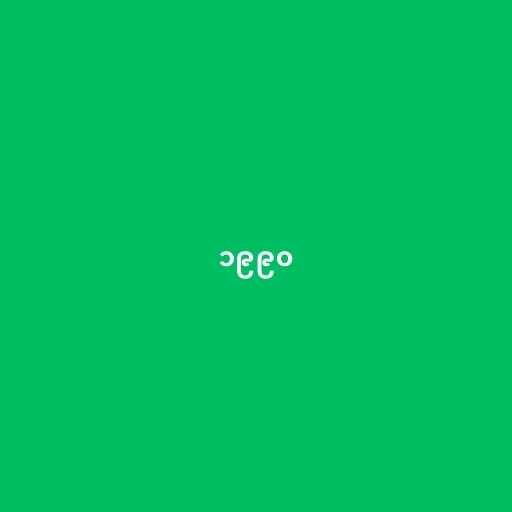
၁၉၉၀